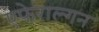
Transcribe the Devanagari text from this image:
एफेराल्गन